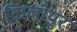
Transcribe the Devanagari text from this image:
किलीयूर